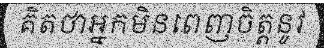
គិតថាអ្នកមិនពេញចិត្តនូវ